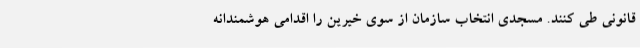
قانونی طی کنند. مسجدی انتخاب سازمان از سوی خیرین را اقدامی هوشمندانه